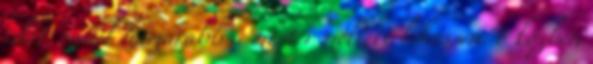
időt, minél hamarabb a mester mellett lehessen. ő közben